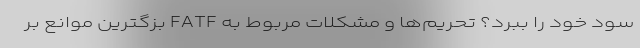
سود خود را ببرد؟ تحریم‌ها و مشکلات مربوط به FATF بزگترین موانع بر